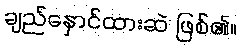
ချည်နှောင်ထားဆဲ ဖြစ်၏။